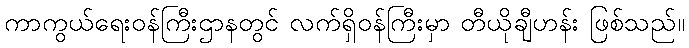
ကာကွယ်ရေးဝန်ကြီးဌာနတွင် လက်ရှိဝန်ကြီးမှာ တီယိုချီဟန်း ဖြစ်သည်။